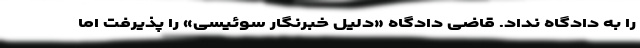
را به دادگاه نداد. قاضی دادگاه «دلیل خبرنگار سوئیسی» را پذیرفت اما